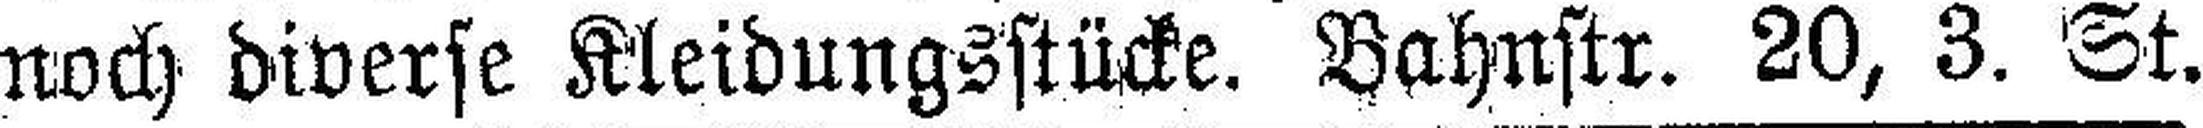
noch diverse Kleidungsstücke. Bahnstr. 20, 3. St.